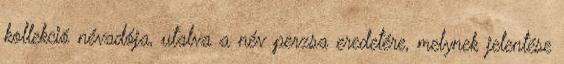
kollekció névadója, utalva a név perzsa eredetére, melynek jelentése